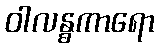
ဝါလန္ဓကာရော